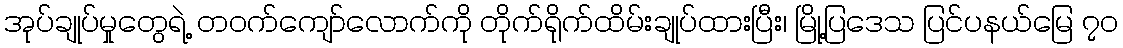
အုပ်ချုပ်မှုတွေရဲ့ တဝက်ကျော်လောက်ကို တိုက်ရိုက်ထိမ်းချုပ်ထားပြီး၊ မြို့ပြဒေသ ပြင်ပနယ်မြေ ၇၀